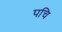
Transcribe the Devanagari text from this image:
पचि